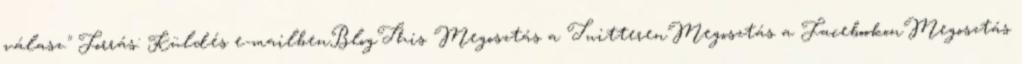
válasz." Forrás: Küldés e-mailbenBlogThis Megosztás a TwitterenMegosztás a FacebookonMegosztás